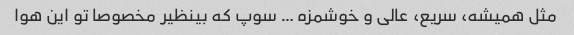
مثل همیشه، سریع، عالی و خوشمزه … سوپ که بینظیر مخصوصا تو این هوا